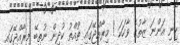
ހިނި އަންނަ ޒާތުގެ ވާހަކަ ! މިރާއްޖޭގައި ތުއްތު ކުދިން ނުތިބޭ މިރާއްޖޭގައި